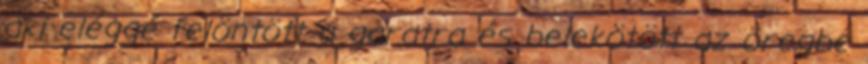
aki eléggé felöntött a garatra és belekötött az öregbe